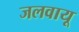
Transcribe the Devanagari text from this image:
जलवायू